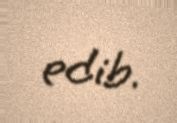
edib.